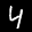
Label: 4